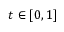
t \in [ 0 , 1 ]